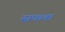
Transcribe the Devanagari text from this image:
सफक